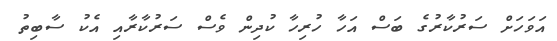
އަވަހަށް ސަރުކާރުގެ ބަސް އަހާ ހުރިހާ ކުދިން ވެސް ސަރުކާރާއި އެކު ސާބިތު